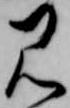
見